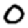
Digit: 0